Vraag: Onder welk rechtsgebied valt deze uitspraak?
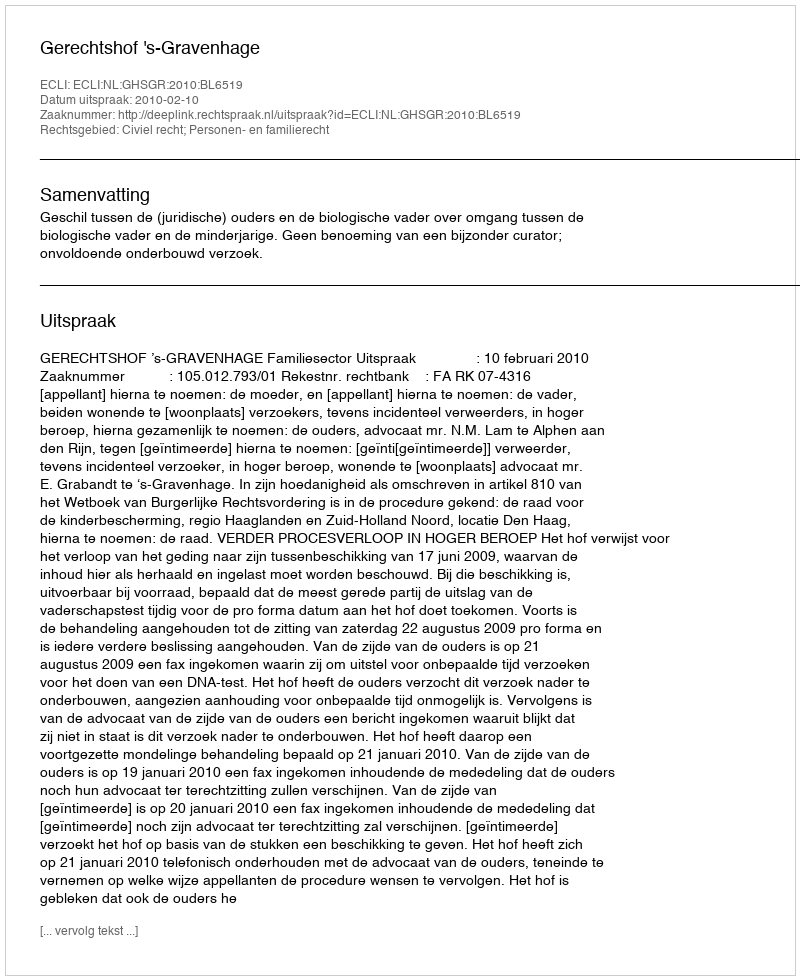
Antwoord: Civiel recht; Personen- en familierecht